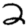
Digit: 2